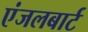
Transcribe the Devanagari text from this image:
एंजलबार्ट